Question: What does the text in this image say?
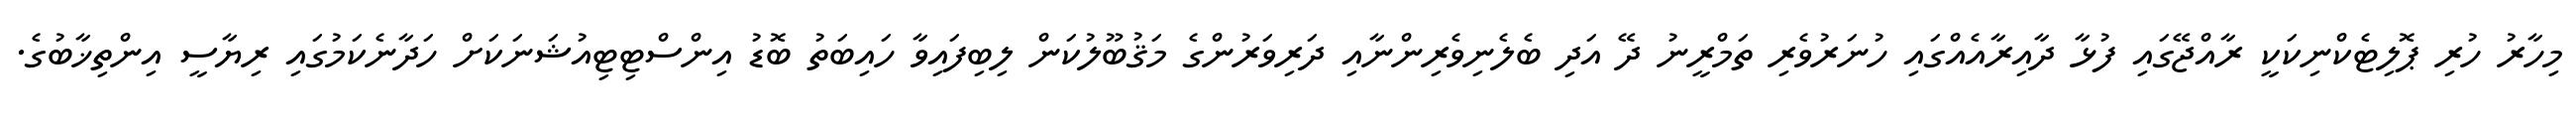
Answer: މިހާރު ހުރި ޕޮލިޓެކްނިކަކީ ރާއްޖޭގައި ފުޅާ ދާއިރާއެއްގައި ހުނަރުވެރި ތަމްރީނު ދޭ އަދި ބެލެނިވެރިންނާއި ދަރިވަރުންގެ މަޤުބޫލުކަން ލިބިފައިވާ ހައިބަތު ބޮޑު އިންސްޓިޓިއުޝަނަކަށް ހަދާނެކަމުގައި ރިޔާސީ އިންތިޚާބުގެ.